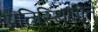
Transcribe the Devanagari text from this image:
प्रतिस्थिापित